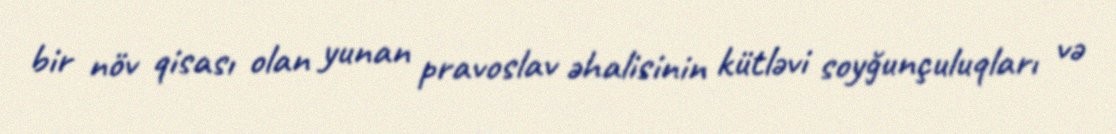
bir növ qisası olan yunan pravoslav əhalisinin kütləvi soyğunçuluqları və